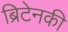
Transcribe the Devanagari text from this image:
ब्रिटेनकी